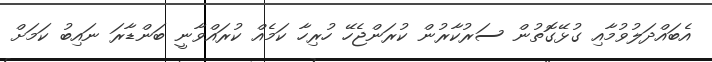
އެބައްދަލުވުމާއި ގުޅޭގޮތުން ސަރުކާރުން ކުރަންޖެހޭ ހުރިހާ ކަމެއް ކުރައްވާނީ ބަންޑާރަ ނައިބު ކަމަށް